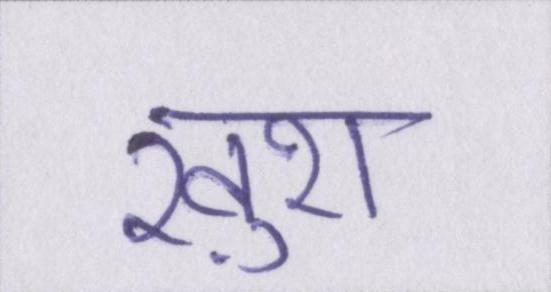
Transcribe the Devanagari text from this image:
ख़ुश